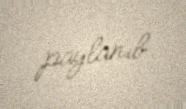
paylanıb.